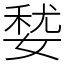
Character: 㛷